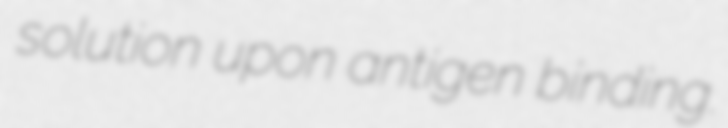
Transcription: solution upon antigen binding.